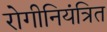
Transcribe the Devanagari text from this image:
रोगीनियंत्रित